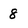
Character: 8